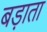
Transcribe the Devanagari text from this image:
बड़ाता